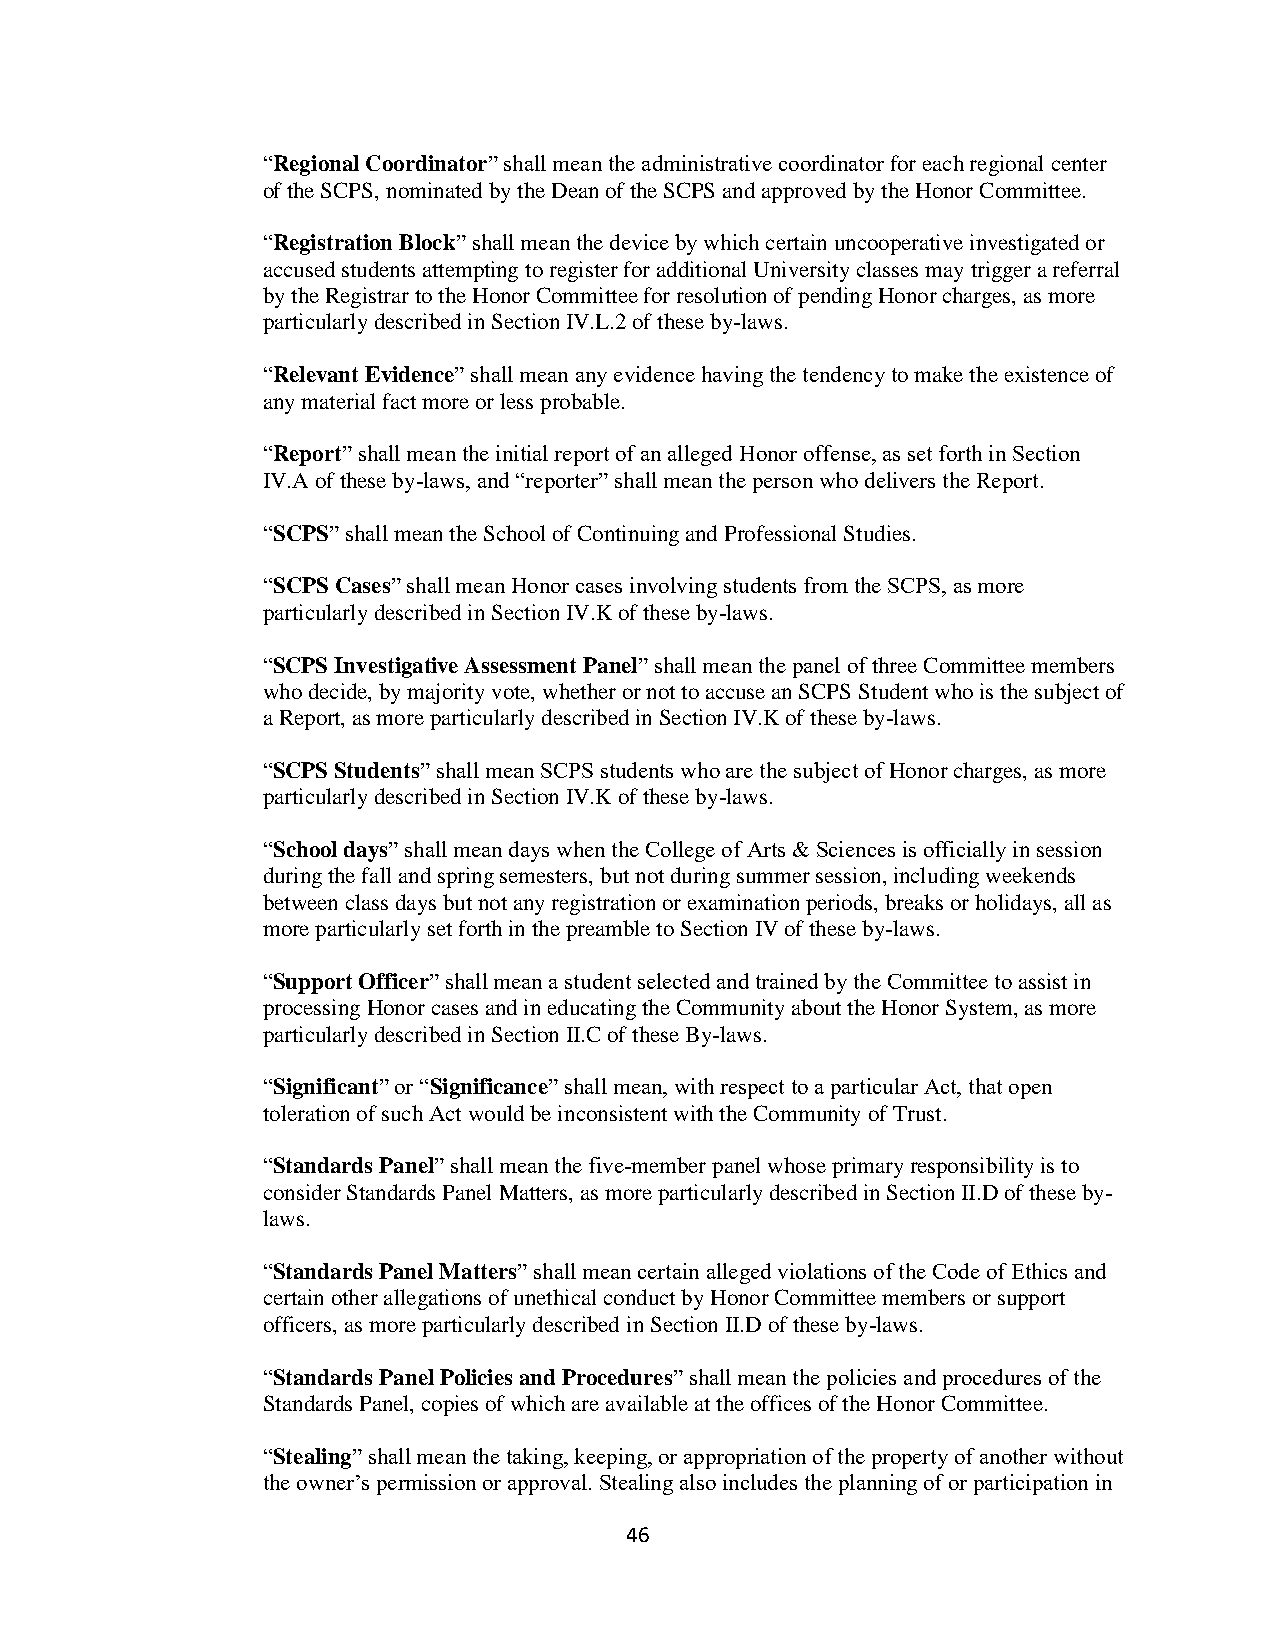
“Regional Coordinator” shall mean the administrative coordinator for each regional center
 of the SCPS, nominated by the Dean of the SCPS and approved by the Honor Committee.
 “Registration Block” shall mean the device by which certain uncooperative investigated or
 accused students attempting to register for additional University classes may trigger a referral
 by the Registrar to the Honor Committee for resolution of pending Honor charges, as more
 particularly described in Section IV.L.2 of these by-laws.
 “Relevant Evidence” shall mean any evidence having the tendency to make the existence of
 any material fact more or less probable.
 “Report” shall mean the initial report of an alleged Honor offense, as set forth in Section
 IV.A of these by-laws, and “reporter” shall mean the person who delivers the Report.
 “SCPS” shall mean the School of Continuing and Professional Studies.
 “SCPS Cases” shall mean Honor cases involving students from the SCPS, as more
 particularly described in Section IV.K of these by-laws.
 “SCPS Investigative Assessment Panel” shall mean the panel of three Committee members
 who decide, by majority vote, whether or not to accuse an SCPS Student who is the subject of
 a Report, as more particularly described in Section IV.K of these by-laws.
 “SCPS Students” shall mean SCPS students who are the subject of Honor charges, as more
 particularly described in Section IV.K of these by-laws.
 “School days” shall mean days when the College of Arts & Sciences is officially in session
 during the fall and spring semesters, but not during summer session, including weekends
 between class days but not any registration or examination periods, breaks or holidays, all as
 more particularly set forth in the preamble to Section IV of these by-laws.
 “Support Officer” shall mean a student selected and trained by the Committee to assist in
 processing Honor cases and in educating the Community about the Honor System, as more
 particularly described in Section II.C of these By-laws.
 “Significant” or “Significance” shall mean, with respect to a particular Act, that open
 toleration of such Act would be inconsistent with the Community of Trust.
 “Standards Panel” shall mean the five-member panel whose primary responsibility is to
 consider Standards Panel Matters, as more particularly described in Section II.D of these by-
 laws.
 “Standards Panel Matters” shall mean certain alleged violations of the Code of Ethics and
 certain other allegations of unethical conduct by Honor Committee members or support
 officers, as more particularly described in Section II.D of these by-laws.
 “Standards Panel Policies and Procedures” shall mean the policies and procedures of the
 Standards Panel, copies of which are available at the offices of the Honor Committee.
 “Stealing” shall mean the taking, keeping, or appropriation of the property of another without
 the owner’s permission or approval. Stealing also includes the planning of or participation in
 46